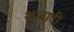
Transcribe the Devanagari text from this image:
अजादी